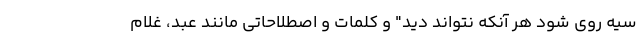
سیه روی شود هر آنکه نتواند دید" و کلمات و اصطلاحاتی مانند عبد، غلام